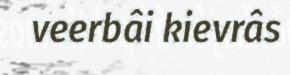
veerbâi kievrâs